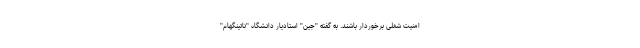
امنیت شغلی برخوردار باشند. به گفته "جین" استادیار دانشگاه "ناتینگهام"